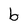
Character: b